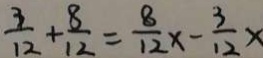
\frac { 3 } { 1 2 } + \frac { 8 } { 1 2 } = \frac { 8 } { 1 2 } x - \frac { 3 } { 1 2 } x